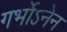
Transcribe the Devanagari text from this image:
गर्भोऽनेन